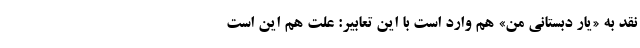
نقد به «یار دبستانی من» هم وارد است با این تعابیر: علت هم این است